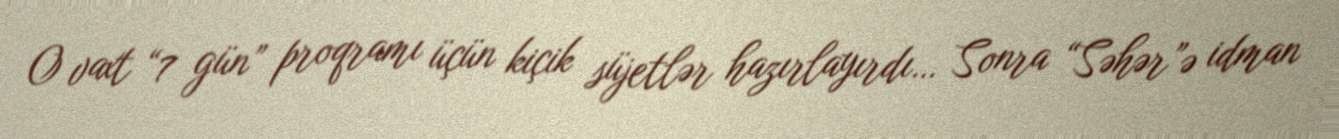
O vaxt “7 gün” proqramı üçün kiçik süjetlər hazırlayırdı… Sonra “Səhər”ə idman